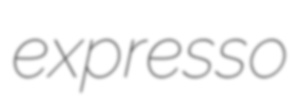
expresso